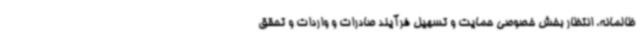
ظالمانه، انتظار بخش خصوصی حمایت و تسهیل فرآیند صادرات و واردات و تحقق